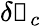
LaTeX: \delta\boldsymbol{\mathscr{A}}_{c}